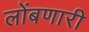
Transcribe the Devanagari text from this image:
लोंबणारी